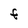
Character: f